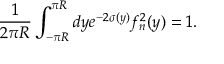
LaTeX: \frac { 1 } { 2 \pi R } \int _ { - \pi R } ^ { \pi R } d y e ^ { - 2 \sigma ( y ) } f _ { n } ^ { 2 } ( y ) = 1 .